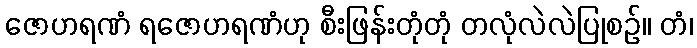
ဇောဟရဏံ ရဇောဟရဏံဟု စီးဖြန်းတုံတုံ တလုံလဲလဲပြုစဉ်။ တံ၊